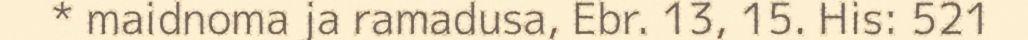
* maidnoma ja ramadusa, Ebr. 13, 15. His: 521